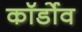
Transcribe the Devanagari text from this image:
कॉर्डोव